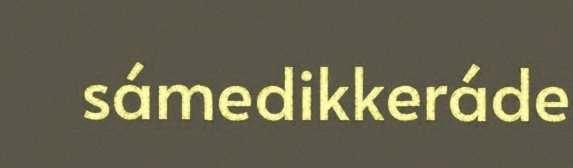
sámedikkeráde